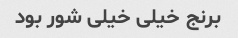
برنج خیلی خیلی شور بود